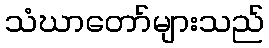
သံဃာတော်များသည်